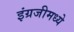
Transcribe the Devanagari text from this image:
इंग्रजीमध्‍ये